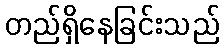
တည်ရှိနေခြင်းသည်